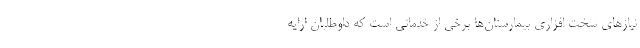
نیازهای سخت افزاری بیمارستان‌ها برخی از خدماتی است که داوطلبان ارایه